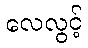
လေလွင့်